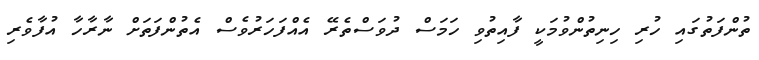
ތުންފަތުގައި ހުރި ހިނިތުންވުމަކީ ފާއިތުވި ހަމަސް ދުވަސްތެރޭ އެއްފަހަރުވެސް އެތުންފަތަށް ނާރާހާ އުފާވެރި